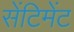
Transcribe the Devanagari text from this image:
सेंटिमेंट